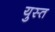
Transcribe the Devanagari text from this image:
युस्त